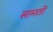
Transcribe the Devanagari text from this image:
सामतों